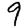
Digit: 9